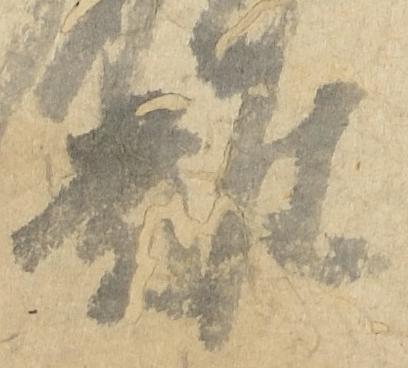
難